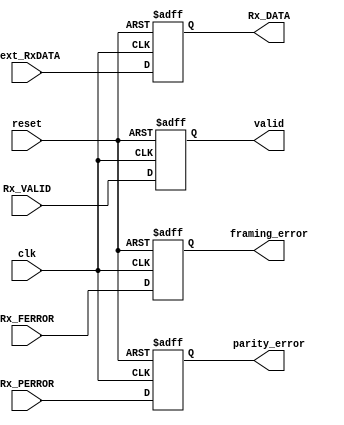
`timescale 1ns / 1ps
//////////////////////////////////////////////////////////////////////////////////
// Company: 
// Engineer: 
// 
// Design Name: 
// Module Name: variable_assigns
// Project Name: 
// Target Devices: 
// Tool Versions: 
// Description: 
// 
// Dependencies: 
// 
// Revision:
// Revision 0.01 - File Created
// Additional Comments:
// 
//////////////////////////////////////////////////////////////////////////////////


module variable_assigns(clk, reset, Rx_DATA, next_RxDATA, parity_error, Rx_PERROR, framing_error, valid, Rx_FERROR, Rx_VALID);
    
    input clk, reset, Rx_PERROR, Rx_FERROR, Rx_VALID;
    input [7:0] next_RxDATA;
    output [7:0] Rx_DATA;
    output parity_error;
    output framing_error;
    output valid;
    //output read_enable;
    //input read_enable_next;
    //reg read_enable;
    reg parity_error;
    reg framing_error;
    reg valid;
    reg [7:0] Rx_DATA;
    
    
    
    // Flip Flop to give the Rx_DATA their
    // previous values without making a latch
    always @(posedge clk or posedge reset)
    begin
        if(reset == 1'b1)
            Rx_DATA <= 8'b0;
        else
            Rx_DATA <= next_RxDATA;
    end
    
    
    always @(posedge clk or posedge reset)
    begin
        if(reset == 1'b1)
            parity_error <= 1'b0;
        else
            parity_error <= Rx_PERROR;
    end
    
    
    always @(posedge clk or posedge reset)
    begin
        if(reset == 1'b1)
            framing_error <= 1'b0;
        else
            framing_error <= Rx_FERROR;
    end   


    always @(posedge clk or posedge reset)
    begin
        if(reset == 1'b1)
            valid <= 1'b0;
        else
            valid <= Rx_VALID;
    end   

endmodule